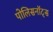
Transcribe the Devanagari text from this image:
पोलिसनॉट्स